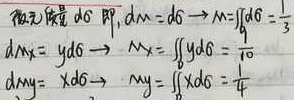
取微元\(\mathrm{d}\theta\)，则
\(\mathrm{d}m = \mathrm{d}\theta \to M=\int_{0}^{1}\mathrm{d}\theta = 1\)
\(\mathrm{d}m_{x}= y\mathrm{d}\theta \to M_{x}=\int y\mathrm{d}\theta=\frac{1}{10}\)
\(\mathrm{d}m_{y}= x\mathrm{d}\theta \to M_{y}=\int x\mathrm{d}\theta=\frac{1}{4}\)